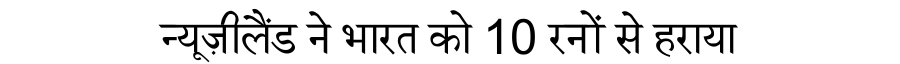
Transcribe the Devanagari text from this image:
न्यूज़ीलैंड ने भारत को 10 रनों से हराया